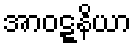
အာဝဋ္ဋနိယာ